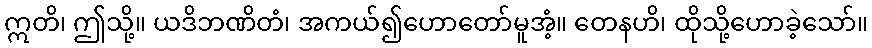
ဣတိ၊ ဤသို့။ ယဒိဘဏိတံ၊ အကယ်၍ဟောတော်မူအံ့။ တေနဟိ၊ ထိုသို့ဟောခဲ့သော်။